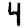
Digit: 4